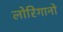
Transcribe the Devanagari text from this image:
लोरिगानो